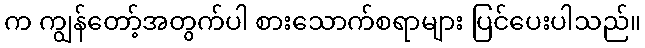
က ကျွန်တော့်အတွက်ပါ စားသောက်စရာများ ပြင်ပေးပါသည်။